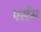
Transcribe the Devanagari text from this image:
पर्सेस